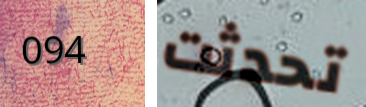
094 تحدثت